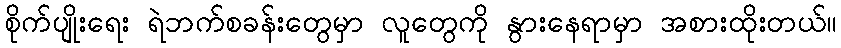
စိုက်ပျိုးရေး ရဲဘက်စခန်းတွေမှာ လူတွေကို နွားနေရာမှာ အစားထိုးတယ်။